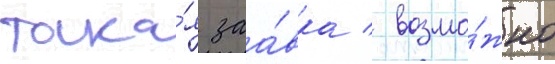
така́я заа́вка / возмо́жно